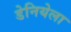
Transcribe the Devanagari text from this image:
डेनियेला